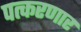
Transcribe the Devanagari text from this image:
पत्करणार